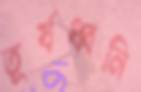
তূর্যধ্বনি